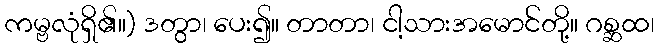
ကမ္ဗလုံရှိ၏။) ဒတွာ၊ ပေး၍။ တာတာ၊ ငါ့သားအမောင်တို့။ ဂစ္ဆထ၊